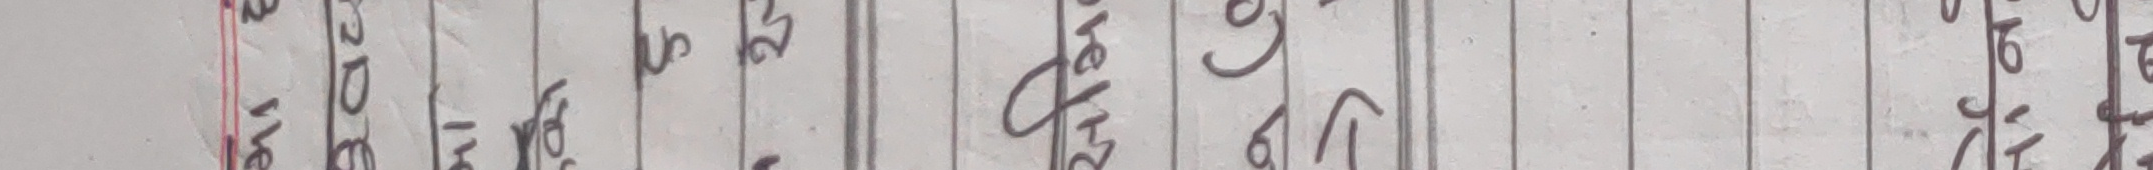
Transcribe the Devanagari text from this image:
भेमाल्वेनिडिङ्ग। किन उपयोगमा आउँछ कम्पनी कोलो गीतार रसायन।